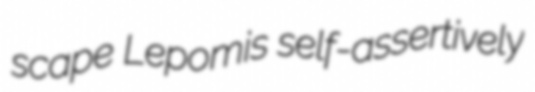
scape Lepomis self-assertively